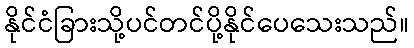
နိုင်ငံခြားသို့ပင်တင်ပို့နိုင်ပေသေးသည်။